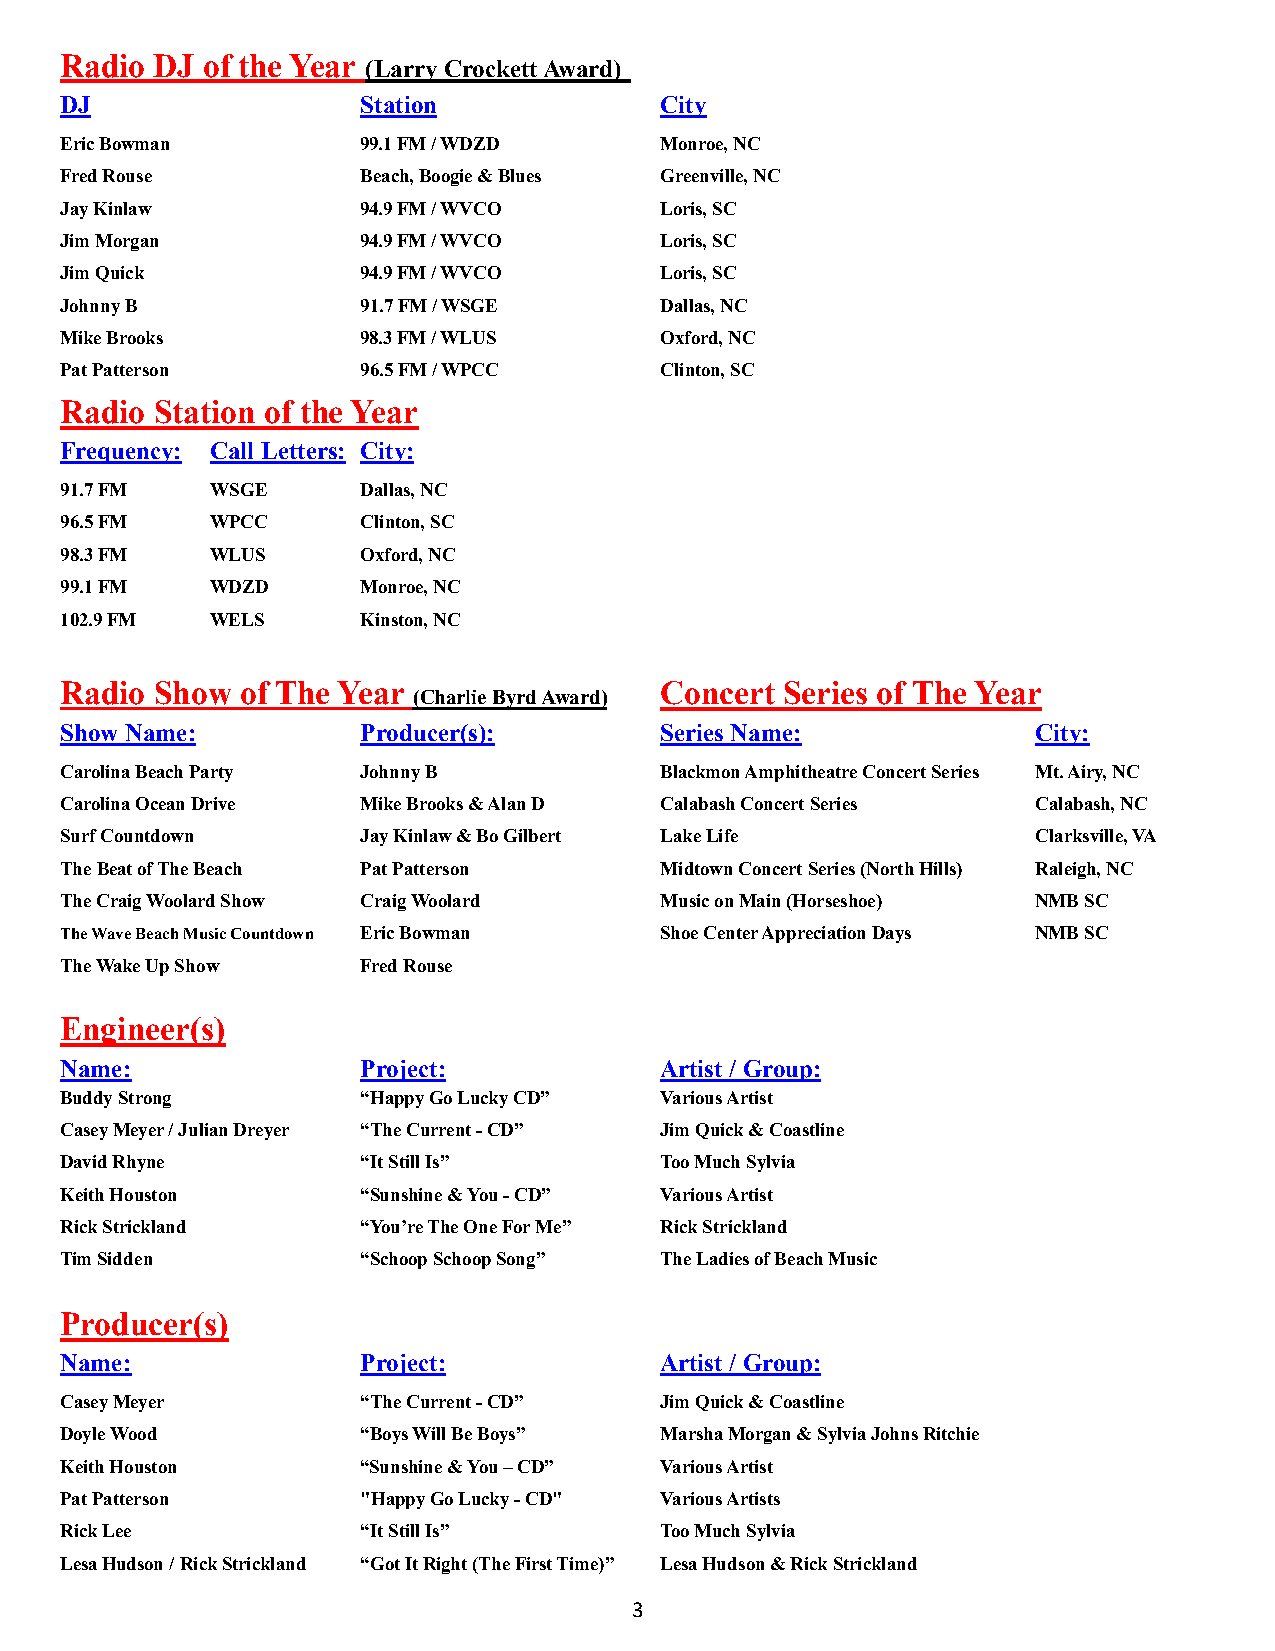
Radio DJ of the Year
 (Larry Crockett Award)
 DJ                  Station             City
 Eric Bowman         99.1 FM / WDZD      Monroe, NC
 Fred Rouse          Beach, Boogie & Blues Greenville, NC
 Jay Kinlaw          94.9 FM / WVCO      Loris, SC
 Jim Morgan          94.9 FM / WVCO      Loris, SC
 Jim Quick           94.9 FM / WVCO      Loris, SC
 Johnny B            91.7 FM / WSGE      Dallas, NC
 Mike Brooks         98.3 FM / WLUS      Oxford, NC
 Pat Patterson       96.5 FM / WPCC      Clinton, SC
 Radio Station of the Year
 Frequency: Call Letters: City:
 91.7 FM   WSGE      Dallas, NC
 96.5 FM   WPCC      Clinton, SC
 98.3 FM   WLUS      Oxford, NC
 99.1 FM   WDZD      Monroe, NC
 102.9 FM  WELS      Kinston, NC
 Radio Show  of The Year
 (Charlie Byrd Award)
 Concert Series of The Year
 Show Name:          Producer(s):        Series Name:             City:
 Carolina Beach Party Johnny B           Blackmon Amphitheatre Concert Series Mt. Airy, NC
 Carolina Ocean Drive Mike Brooks & Alan D Calabash Concert Series Calabash, NC
 Surf Countdown      Jay Kinlaw & Bo Gilbert Lake Life            Clarksville, VA
 The Beat of The Beach Pat Patterson     Midtown Concert Series (North Hills) Raleigh, NC
 The Craig Woolard Show Craig Woolard    Music on Main (Horseshoe) NMB SC
 The Wave Beach Music Countdown Eric Bowman Shoe Center Appreciation Days NMB SC
 The Wake Up Show    Fred Rouse
 Engineer(s)
 Name:               Project:            Artist / Group:
 Buddy Strong        “Happy Go Lucky CD” Various Artist
 Casey Meyer / Julian Dreyer “The Current - CD” Jim Quick & Coastline
 David Rhyne         “It Still Is”       Too Much Sylvia
 Keith Houston       “Sunshine & You - CD” Various Artist
 Rick Strickland     “You’re The One For Me” Rick Strickland
 Tim Sidden          “Schoop Schoop Song” The Ladies of Beach Music
 Producer(s)
 Name:               Project:            Artist / Group:
 Casey Meyer         “The Current - CD”  Jim Quick & Coastline
 Doyle Wood          “Boys Will Be Boys” Marsha Morgan & Sylvia Johns Ritchie
 Keith Houston       “Sunshine & You – CD” Various Artist
 Pat Patterson       "Happy Go Lucky - CD" Various Artists
 Rick Lee            “It Still Is”       Too Much Sylvia
 Lesa Hudson / Rick Strickland “Got It Right (The First Time)” Lesa Hudson & Rick Strickland
 3